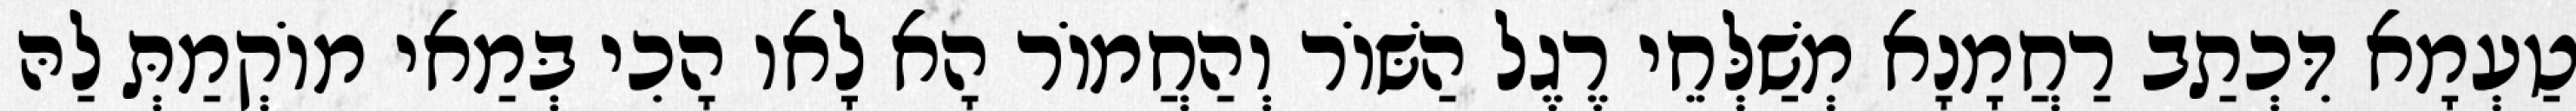
טַעְמָא דִּכְתַב רַחֲמָנָא מְשַׁלְּחֵי רֶגֶל הַשּׁוֹר וְהַחֲמוֹר הָא לָאו הָכִי בְּמַאי מוֹקְמַתְּ לַהּ